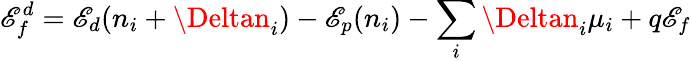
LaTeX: \mathscr{E}_{f}^{d}=\mathscr{E}_{d}(n_{i}+\Deltan_{i})-\mathscr{E}_{p}(n_{i})-\sum_{i}\Deltan_{i}\mu_{i}+q\mathscr{E}_{f}